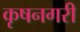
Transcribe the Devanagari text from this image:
कृषनगरी